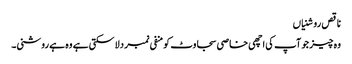
ناقص روشنیاں
وہ چیز جو آپ کی اچھی خاصی سجاوٹ کو منفی نمبر دلا سکتی ہے وہ ہے روشنی۔